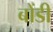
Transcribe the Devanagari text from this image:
बोंडी